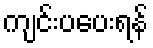
ကျင်းပပေးရန်